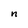
Character: n